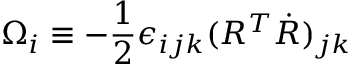
\Omega _ { i } \equiv - \frac 1 2 \epsilon _ { i j k } ( R ^ { T } \dot { R } ) _ { j k }